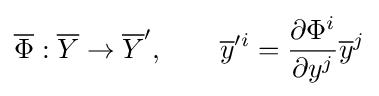
{\overline {\Phi }}:{\overline {Y}}\to {\overline {Y}}',\qquad {\overline {y}}'^{i}={\frac {\partial \Phi ^{i}}{\partial y^{j}}}{\overline {y}}^{j}